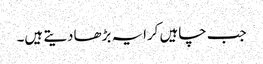
جب چاہیں کرایہ بڑھادیتے ہیں۔